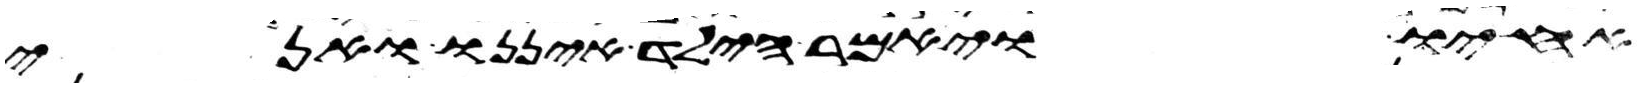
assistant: אחיו ויאמר הילד איננו ואני